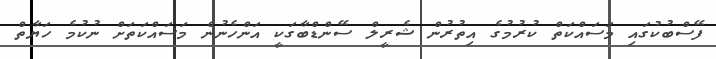
ފޭސްބުކުގައި މަސައްކަތް ކުރުމުގެ އިތުރުން ޝެރީލް ސޭންޑްބާގަކީ އަންހެނުން މަސައްކަތަށް ނުކުމެ ހަޔާތް